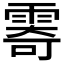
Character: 𩃤